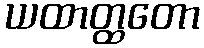
ယထာတ္ထတော